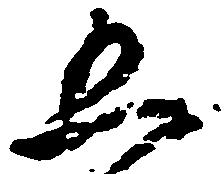
五